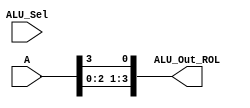
module ROL(output [3:0] ALU_Out_ROL,input [3:0] A,input [3:0] ALU_Sel);
assign ALU_Out_ROL = {A[2:0],A[3]};
endmodule